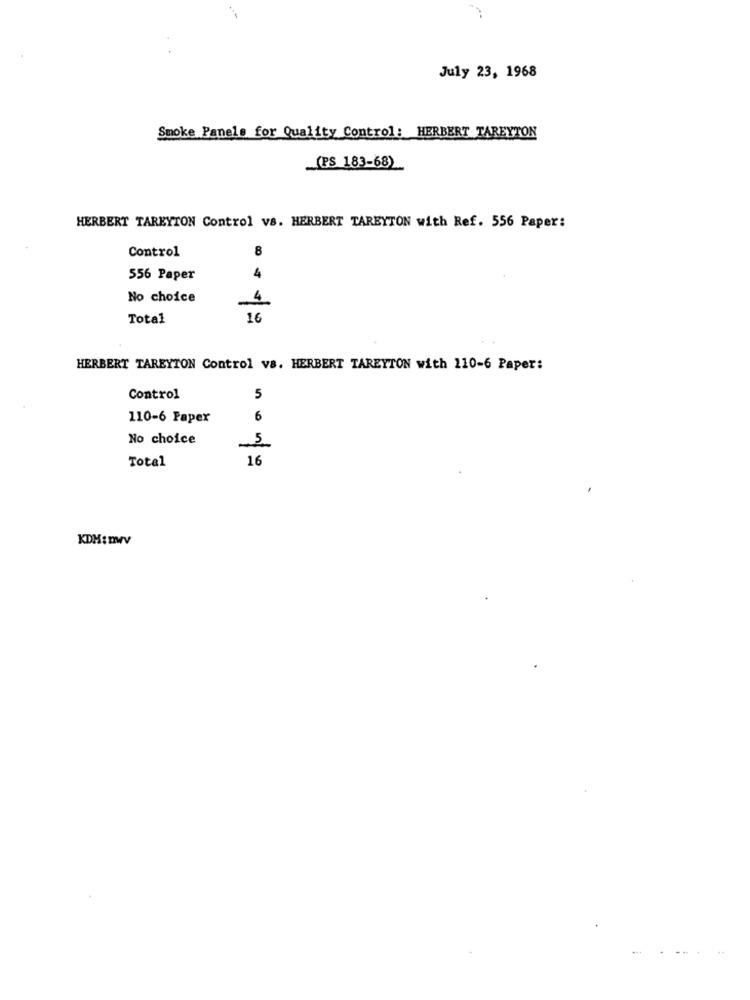
July 23, 1968
Smoke Panels for Quality Control: HERBERT TAREYTON
(PS 183-68)
HERBERT TAREYTON Control vs. HERBERT TAREYTON with Ref. 556 Paper:
8
Control
4
556 Paper
No choice
Total
16
HERBERT TAREYTON Control vs. HERBERT TAREYTON with 110-6 Paper:
Control
5
110-6 Paper
6
No choice
16
Total
KDK:DMV